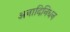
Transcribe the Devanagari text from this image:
अनादिनिधन